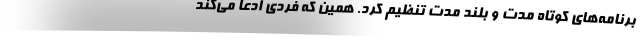
برنامه‌های کوتاه مدت و بلند مدت تنظیم کرد. همین که فردی ادعا می‌کند